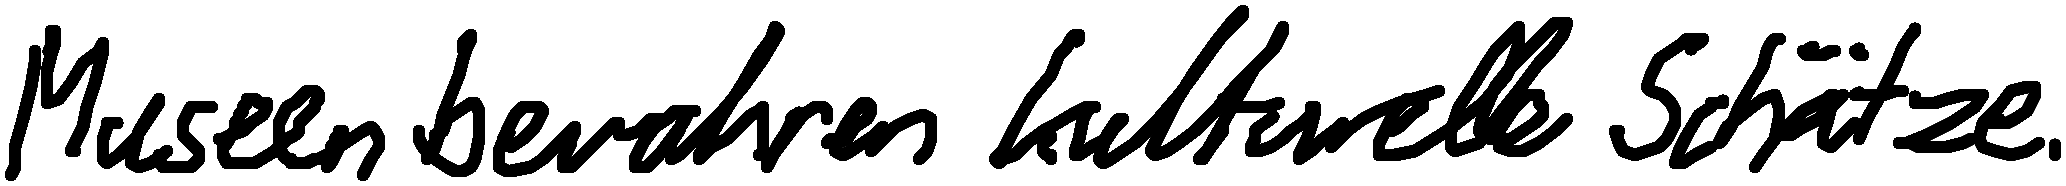
Museen bewahren kulturelle Schätze.